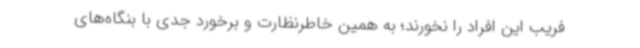
فریب این افراد را نخورند؛ به همین خاطرنظارت و برخورد جدی با بنگاه‌های